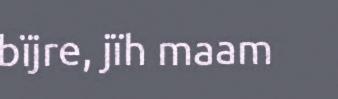
bïjre, jïh maam